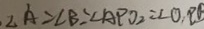
\angle A = \angle B = \angle A P O _ { 2 } = \angle O , P B